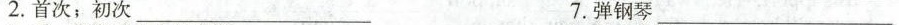
2.首次；初次___ 7.弹钢琴___